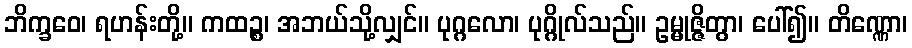
ဘိက္ခဝေ၊ ရဟန်းတို့။ ကထဉ္စ၊ အဘယ်သို့လျှင်။ ပုဂ္ဂလော၊ ပုဂ္ဂိုလ်သည်။ ဥမ္မုဇ္ဇိတွာ၊ ပေါ်၍။ တိဏ္ဏော၊